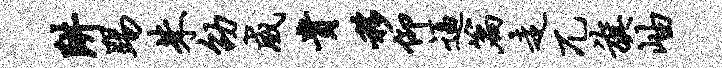
阱踢朱劭威贵移仰逼篇走兀旗岫